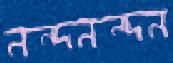
নন্দনন্দন